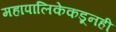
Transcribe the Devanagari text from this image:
महापालिकेकडूनही